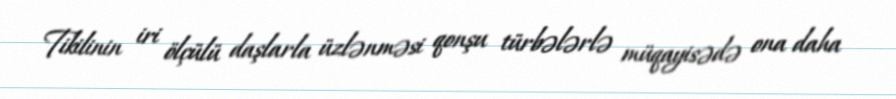
Tikilinin iri ölçülü daşlarla üzlənməsi qonşu türbələrlə müqayisədə ona daha